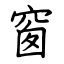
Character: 窗